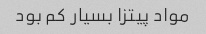
مواد پیتزا بسیار کم بود